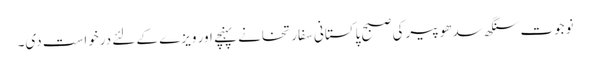
نوجوت سنگھ سدھو پیرکی صبح پاکستانی سفارتخانے پہنچے اور ویزے کے لئے درخواست دی۔